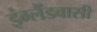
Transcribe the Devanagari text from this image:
इंग्लैंडवासी